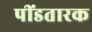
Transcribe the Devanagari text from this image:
पींडतारक